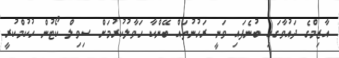
އާޒިމްގެ ދައުވާގައި ބުނެފައި ވަނީ ރަހުނުތައް ބޭންކާ ހަވާލުކުރުމަށް ސިވިލް ކޯޓުން ހުކުމްކުރީ